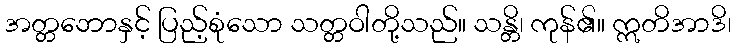
အတ္တဘောနှင့် ပြည့်စုံသော သတ္တဝါတို့သည်။ သန္တိ၊ ကုန်၏။ ဣတိအာဒိ၊